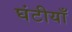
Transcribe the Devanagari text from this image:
घंटीयाँ